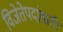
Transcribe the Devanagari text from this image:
विजेतेपदांसाठी